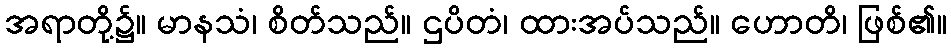
အရာတို့၌။ မာနသံ၊ စိတ်သည်။ ဌပိတံ၊ ထားအပ်သည်။ ဟောတိ၊ ဖြစ်၏။